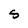
Character: S